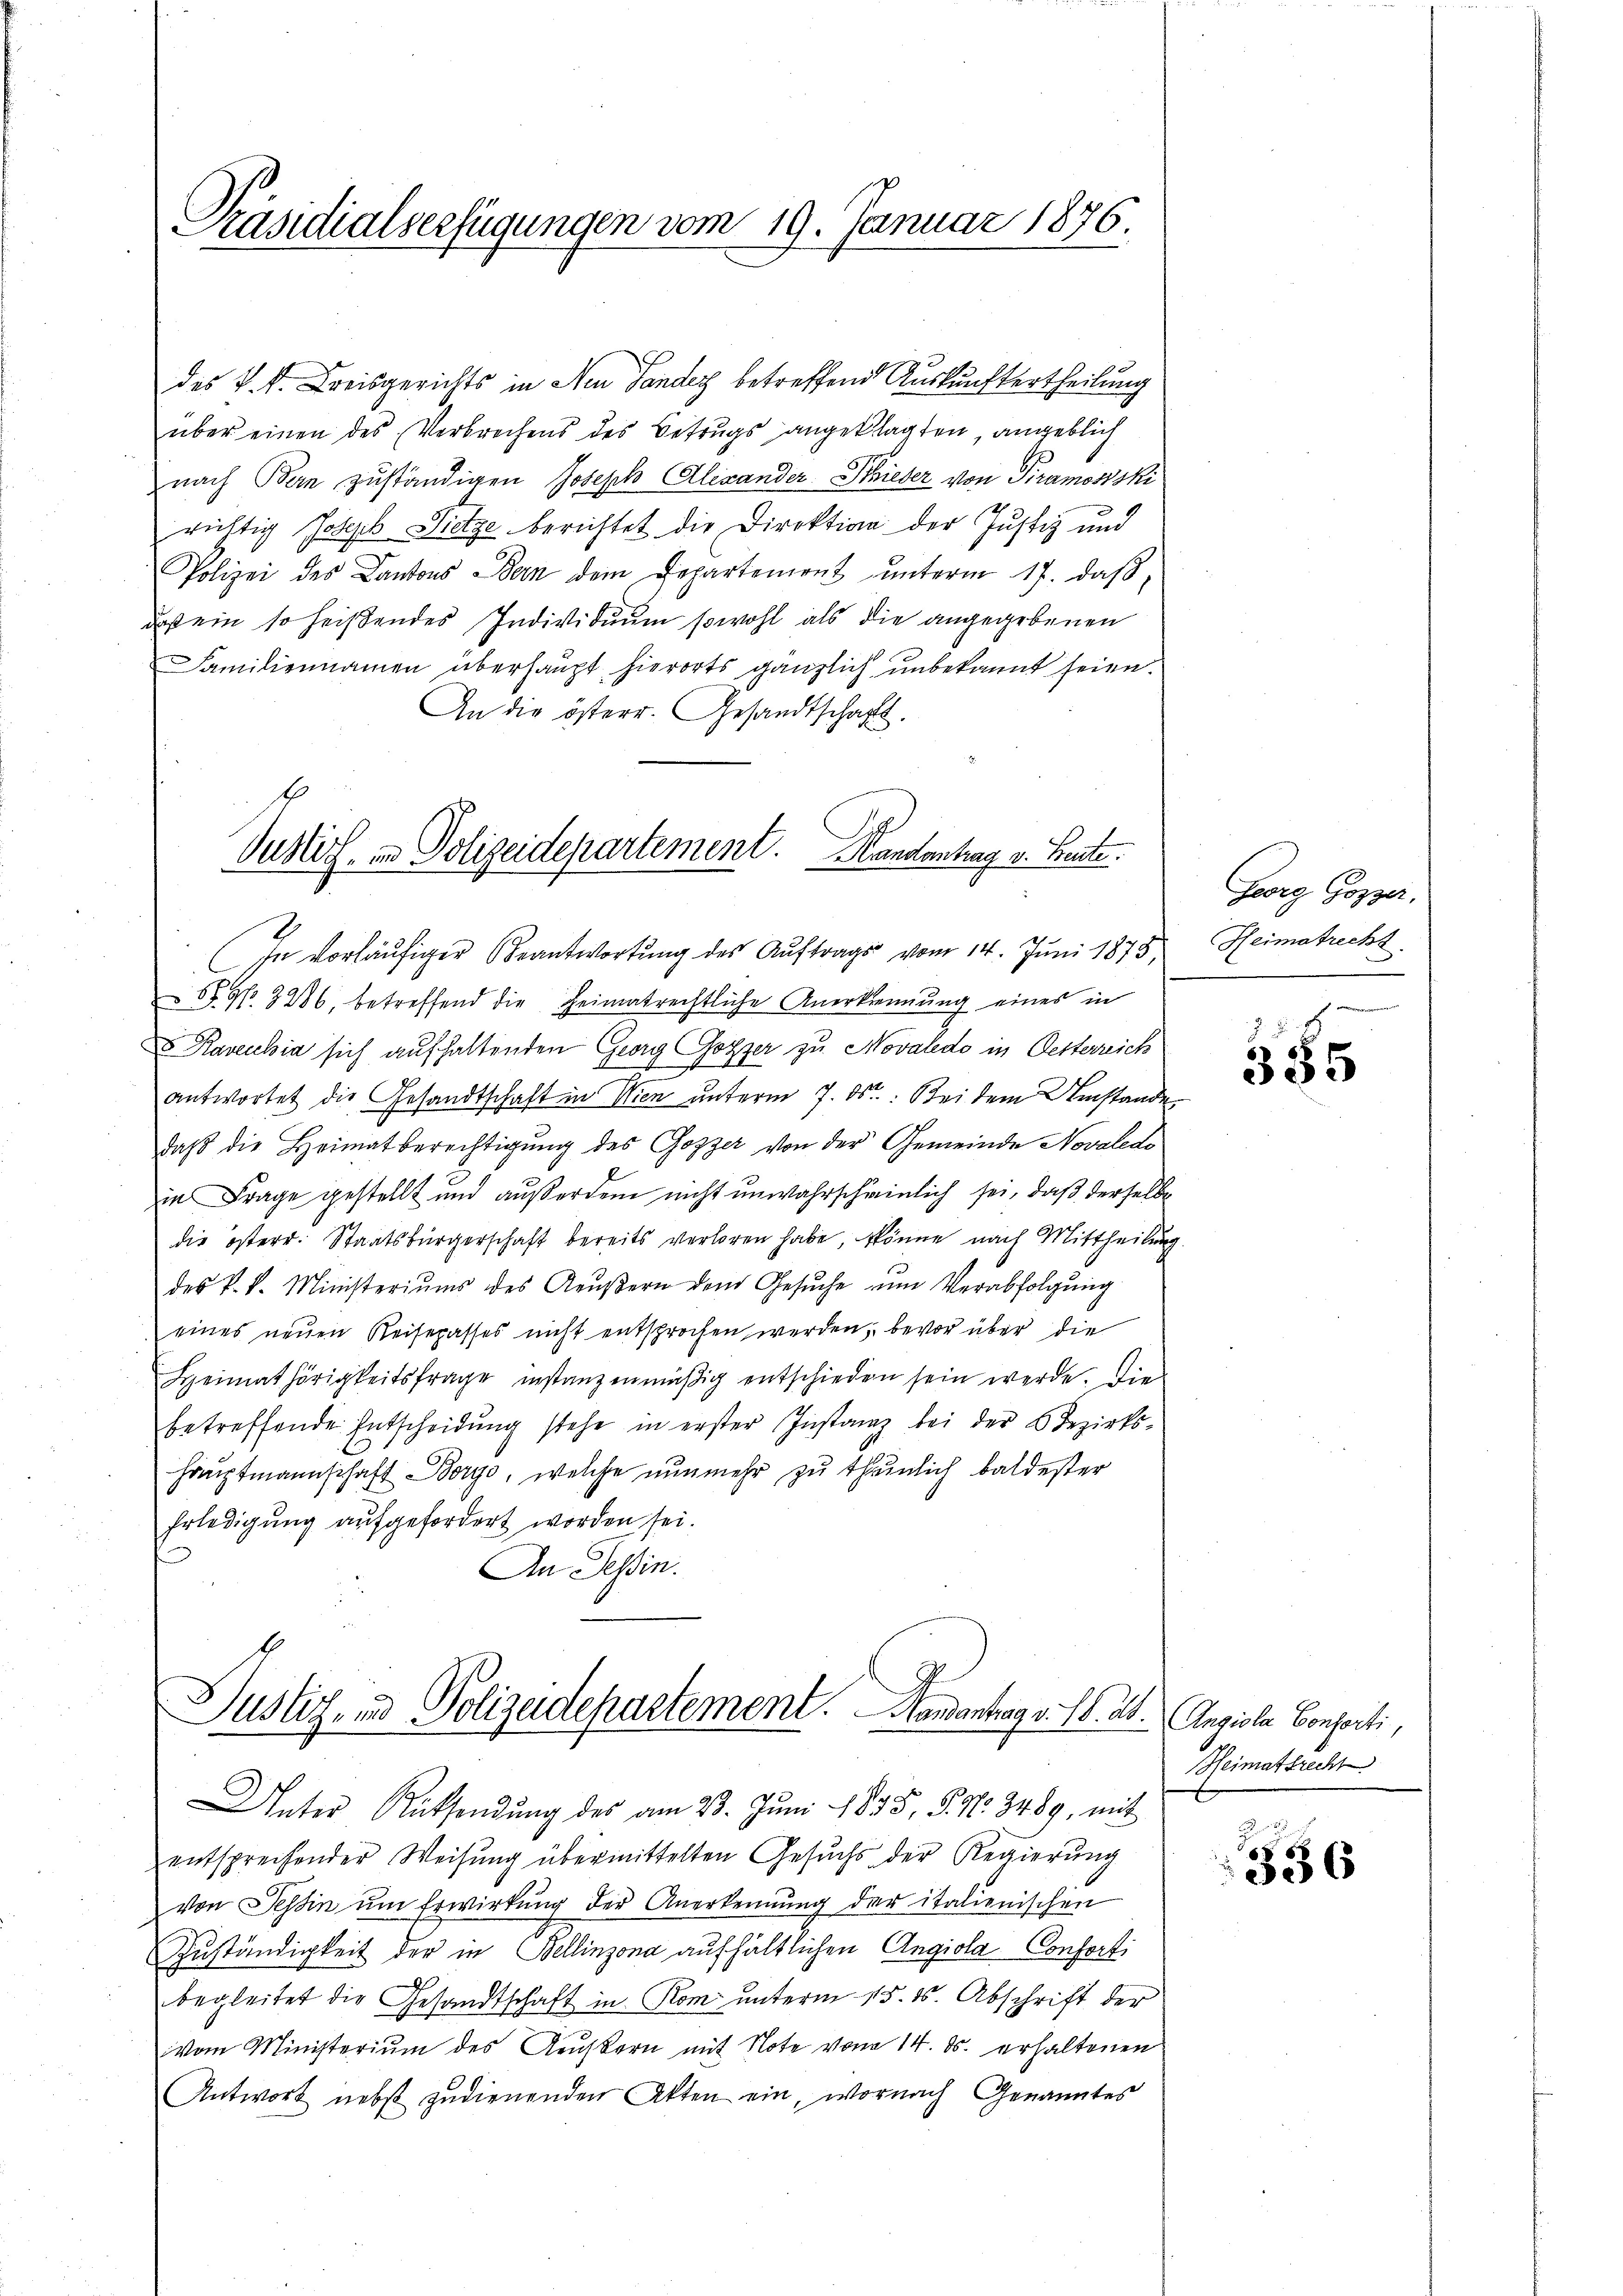
Präsidialverfügungen vom 19. Januar 1876.

des k. k. Kreisgerichts in Neu Pander betreffend Auskunftertheilung
über einen des Verbrechens des Betrugs angeklagten, angeblich
nach Bern zuständigen Joseph Alexander Schieder von Piramosski
2
richtig Joseph Pietze berichtet die Direktion der Justiz und
Polizei des Cantons Bern dem Departemont ŭnterm 17. daβ
daß ein so heißendes Individuum sowohl als die angegebenen
Familiennamen überhaupt hierorts gänzlich unbekannt seien.
An die österr. Gesandtschaft.
In vorläufiger Beantwortung des Auftrags vom 14. Juni 1875,
S. S. 3286, betreffend die Heimatrechtliche Anerkennung eines in
Raventia sich aufhaltenden Georg Gozzer zu Novaldo in Oesterreich
antwortet die Gesandtschaft in Wien unterm 7. ds. Bei dem Umstande
daß die Heimatberechtigung des Gozzer von der Gemeinde Novaledo
in Frage gestellt und außerdem nicht unwahrscheinlich sei, daß derselbe
die österr. Staatsbürgerschaft bereits verloren habe, könne nach Mittheilung
des k. k. Ministeriŭms des Reŭβern dem Gesŭche ŭm Verabfolgŭng
eines neuen Reisepasses nicht entsprochen werden, bevor über die
Heimathörigkeitsfrage instanzenmäßig entschieden sein werde. Die
betreffende Entscheidŭng stehe in erster Instanz bei der Bezirks-
Hauptmannschaft Borgo, welche nunmehr zu thunlich baldester
Erledigung aufgefordert worden sei.
An Tessin.

Justiz, in Polizeidepartement. Handentrag v. Heute.

Justiz- und Polizeidepartement. Handantrag v. 18. ds. Angiola Consorti,
Unter Rücksendung des am 23. Juni 1835, S. N. 3489, mit

entsprechender Weisŭng übermittelten Gesŭchs der Regierŭng
von Tessin um Erwirkung der Anerkennung der italienischen
Zŭständigkeit der in Bellinzona aufhältlichen Angiola Conferti
begleitet die Gesandtschaft in Rom unterm 15. ds. Abschrift der
Vom Ministerium des Reußkern mit Note vom 14. ds. erhaltenen
Antwort nebst zudienenden Akten ein, wornach Genanntes

Georg Gozzer.
Heimatrecht

.
335

Heimatsrecht

336